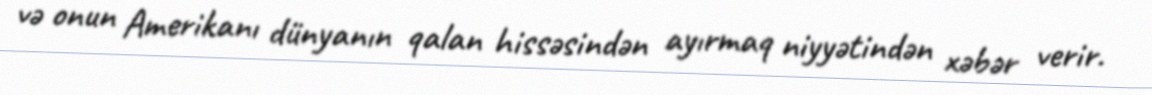
və onun Amerikanı dünyanın qalan hissəsindən ayırmaq niyyətindən xəbər verir.